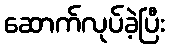
ဆောက်လုပ်ခဲ့ပြီး